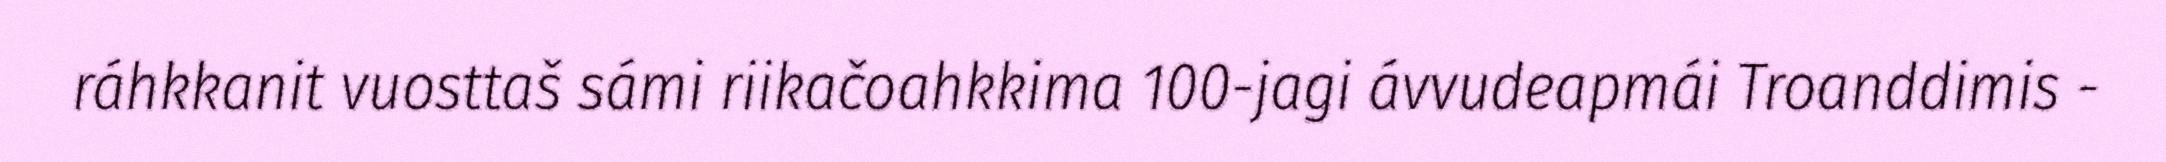
ráhkkanit vuosttaš sámi riikačoahkkima 100-jagi ávvudeapmái Troanddimis -